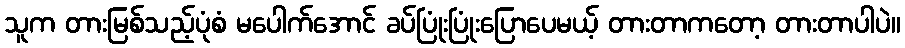
သူက တားမြစ်သည့်ပုံစံ မပေါက်အောင် ခပ်ပြုံးပြုံးပြောပေမယ့် တားတာကတော့ တားတာပါပဲ။